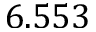
6 . 5 5 3